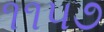
૧૧૫૭